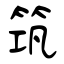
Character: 筑